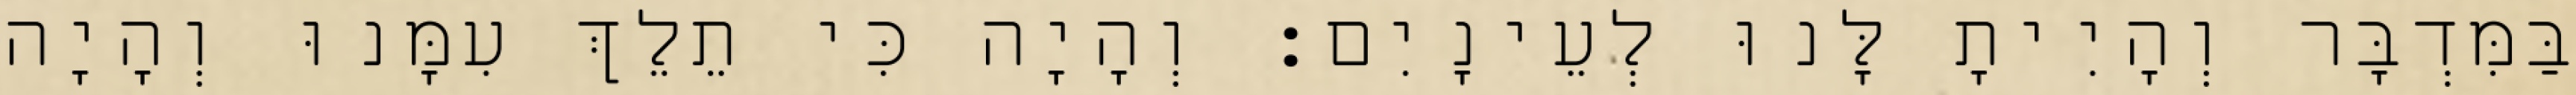
בַּמִּדְבָּר וְהָיִיתָ לָּנוּ לְעֵינָיִם׃ וְהָיָה כִּי תֵלֵךְ עִמָּנוּ וְהָיָה